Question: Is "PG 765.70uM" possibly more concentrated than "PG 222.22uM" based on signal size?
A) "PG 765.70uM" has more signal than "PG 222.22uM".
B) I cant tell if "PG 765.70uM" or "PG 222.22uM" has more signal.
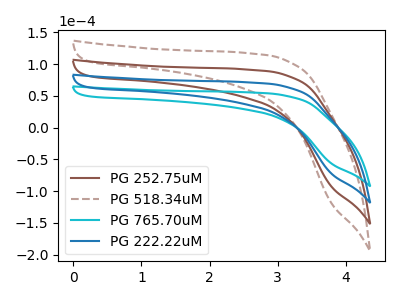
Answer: <think>The brown curve "PG 252.75uM" has no peaks. The brown dashed curve "PG 518.34uM" has no peaks. The cyan curve "PG 765.70uM" has no peaks. The blue curve "PG 222.22uM" has no peaks.
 Neither "PG 765.70uM" or "PG 222.22uM" have any peaks.</think>
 <answer>B) I cant tell if "PG 765.70uM" or "PG 222.22uM" has more signal.</answer>
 <eval>B</eval>